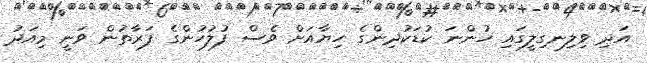
އަދި ވިލިނގިލީގައި ހުންނަ ކުޑަކުދިންގެ ހިޔާއަށް ވެސް ފުލުހުންގެ ފަރާތުން ވަނީ މިއަދު